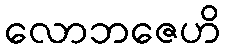
လောဘဇေဟိ